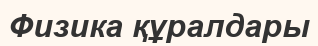
Физика құралдары